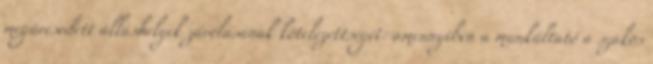
megüresedett álláshelyek zárolásának kötelezettségét: amennyiben a munkáltató a szakos